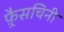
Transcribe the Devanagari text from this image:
फ़्रैसचिनी